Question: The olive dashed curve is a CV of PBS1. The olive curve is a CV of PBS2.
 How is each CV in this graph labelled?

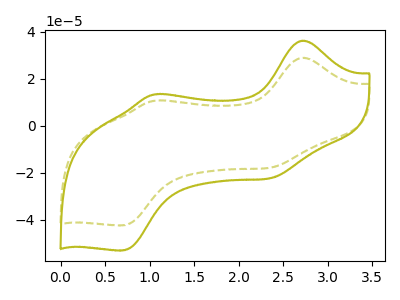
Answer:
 <answer>The olive dashed curve is labeled "PBS1". The olive curve is labeled "PBS2".</answer>
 <eval></eval>